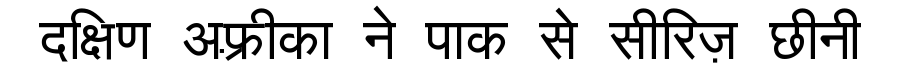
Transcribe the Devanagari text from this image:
दक्षिण अफ़्रीका ने पाक से सीरिज़ छीनी